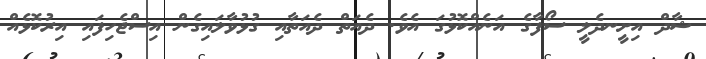
ޝާދް އިށީނދެލީ ސޯފާގެ އަނެއްކޮޅުގަ އެވެ. ދެއަތް ދެއަތާއި ގުޅުވާލައިގެން އިސްޖެހިފައި އިރުކޮޅެއް